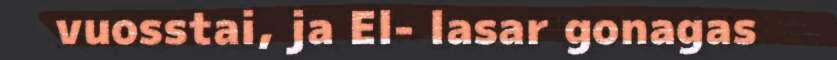
vuosstai, ja El- lasar gonagas